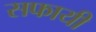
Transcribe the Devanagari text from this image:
सफायी